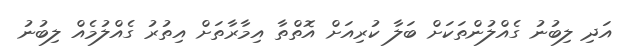
އަދި ލިބުނު ގެއްލުންތަކަށް ބަލާ ކުރިއަށް އޮތްތާ އިމާރާތަށް އިތުރު ގެއްލުމެއް ލިބުނު